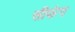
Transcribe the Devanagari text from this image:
सीफंग